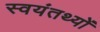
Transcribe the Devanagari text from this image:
स्वयंतथ्यों